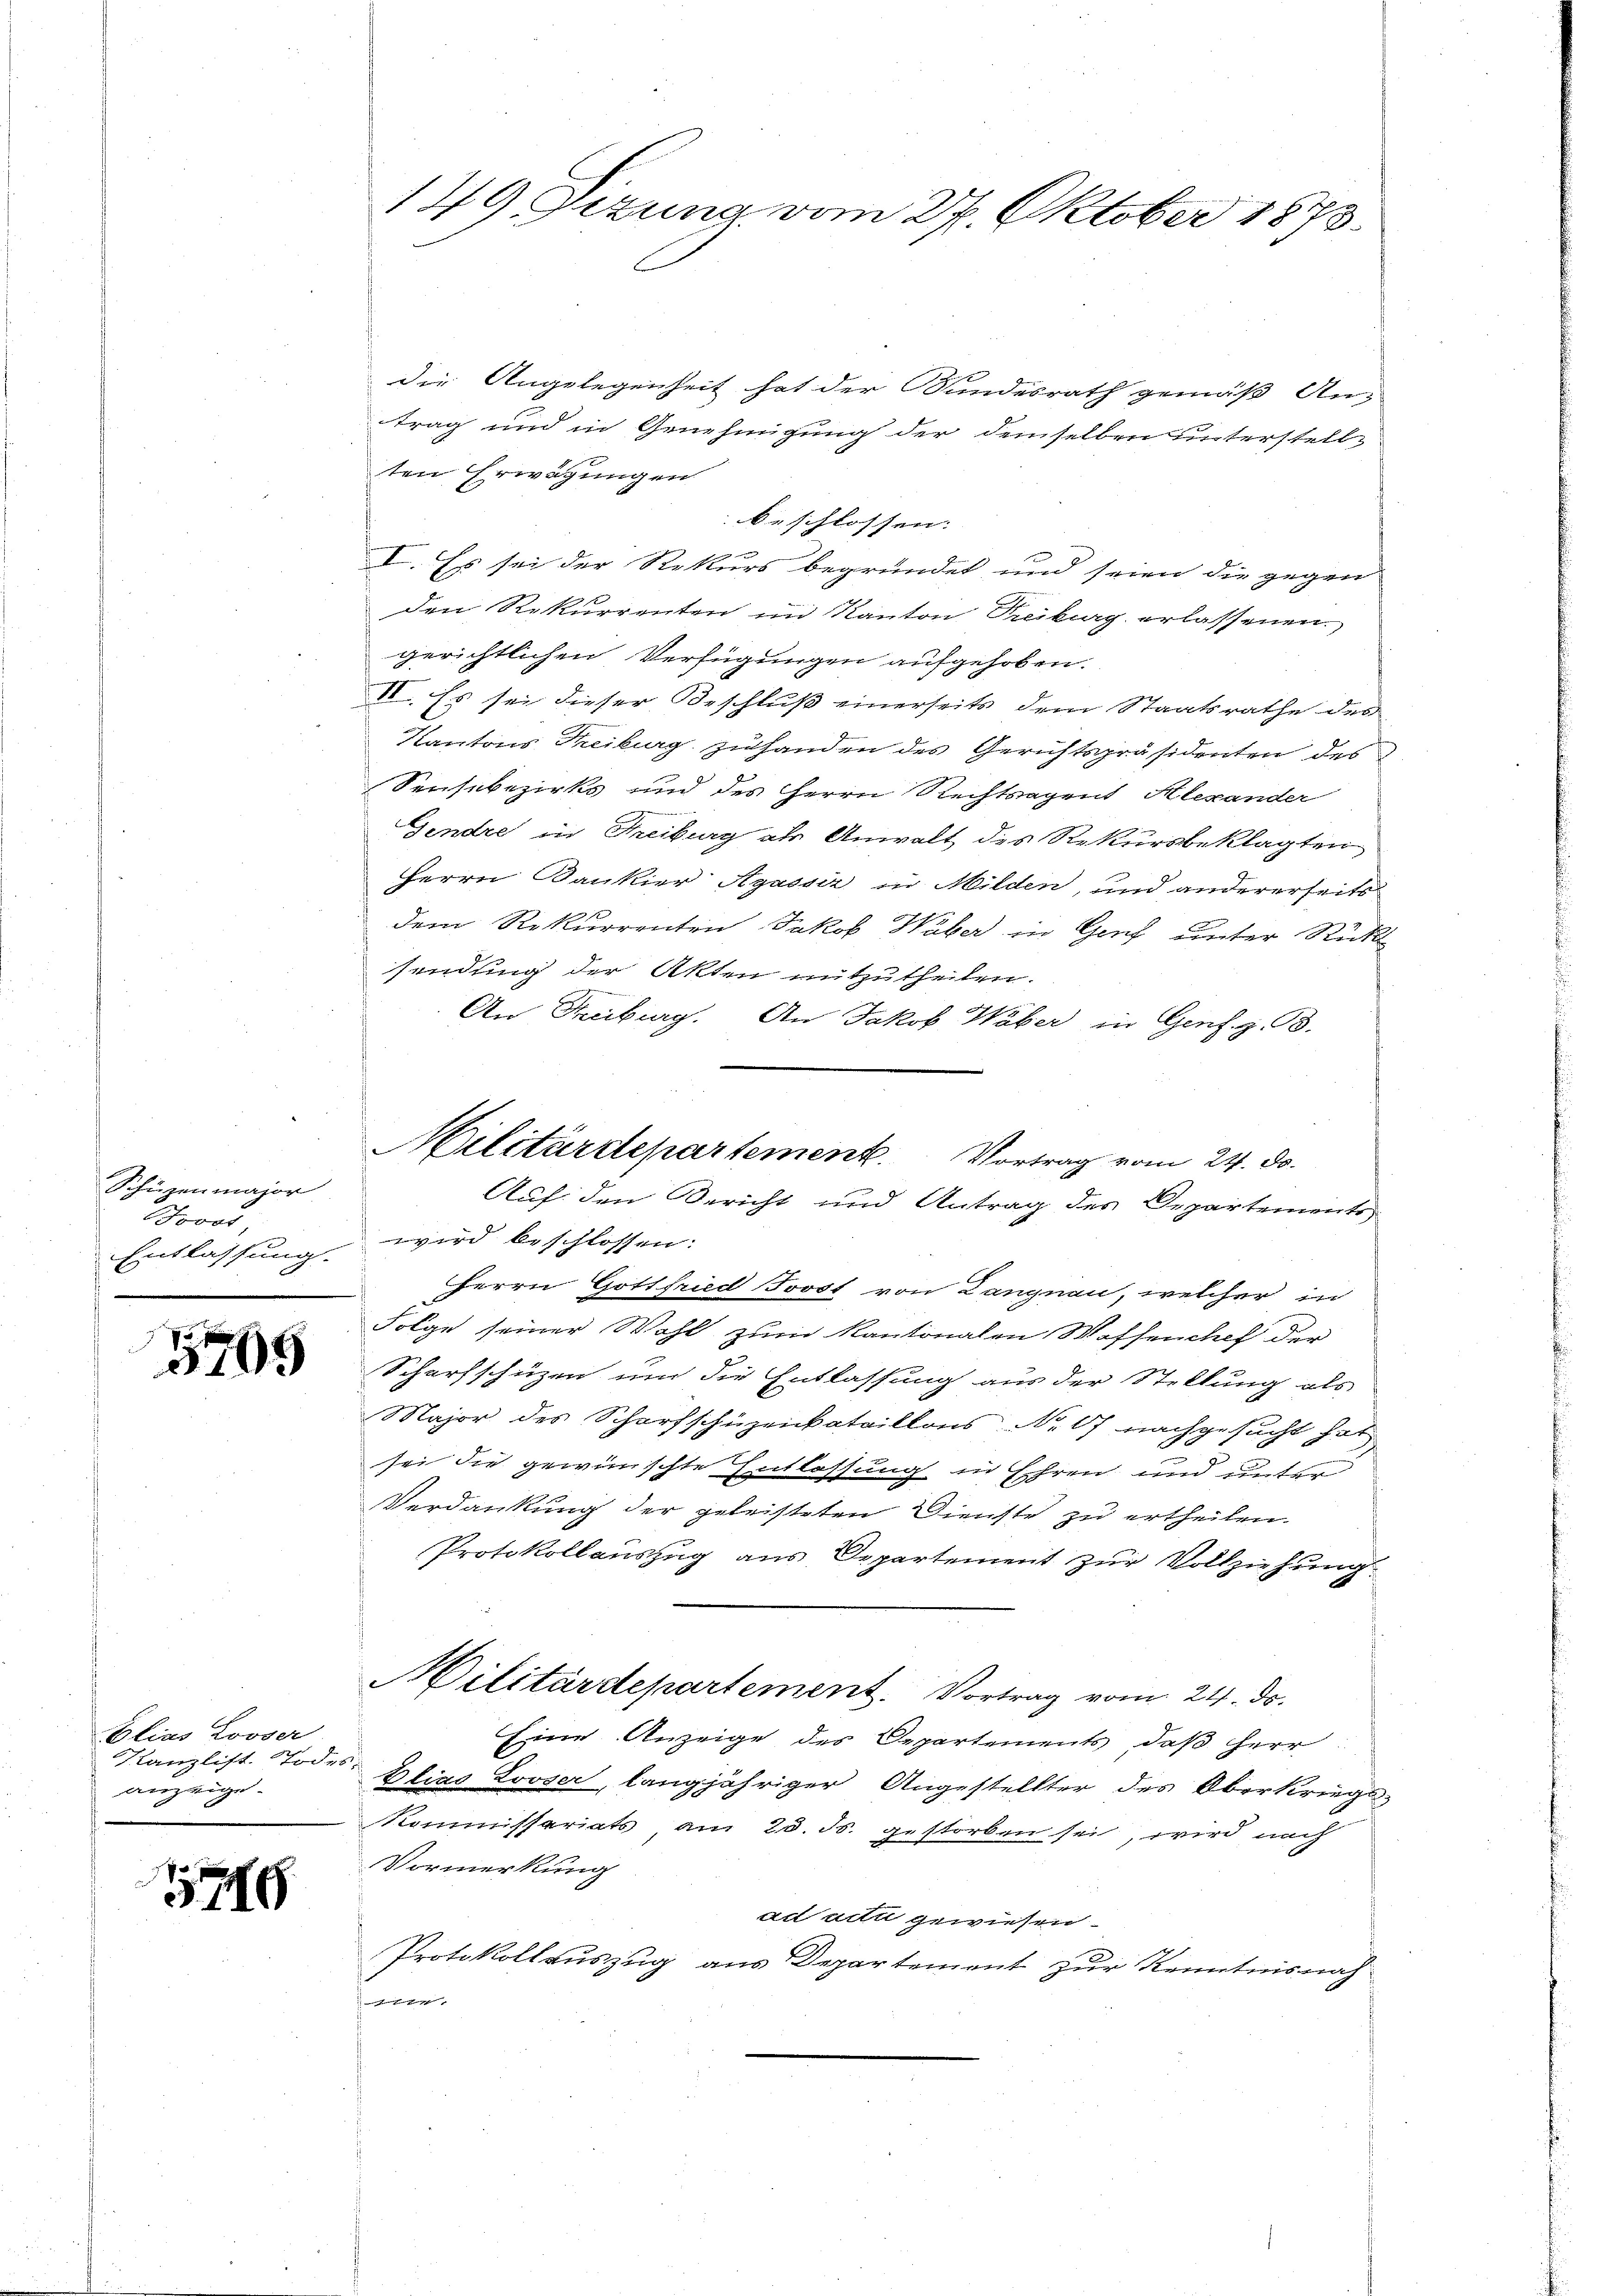
Schüzenmajor
Grond
Entlassung.

3705

Elias Looser
Kanzlist. Todes-
anzeige.

176

149. Dezung vom 27. Oktober 1873.

die Angelegenheit hat der Bundesrath gemäß Antrag und in Genehmigung der demselben unterstell-
ten Erwägungen
beschlossen:
I. Es sei der Rekurs begründet und seien die gegen
den Rekurrenten im Kanton Treiburg erlassenen
gerichtlichen Verfügungen aufgehoben.
II. Es sei dieser Beschluß einerseits dem Staatsrathe des
Kantons Treiburg zuhanden des Gerichtspräsidenten des
Sensabezirks und des Herrn Rechtsagent Alexander
Gendre in Freiburg als Anwalt des Rekursbeklagten
Herrn Kankier Agassir in Milden, und andererseits
dem Rekurrenten Jakob Waber in Genf unter Rück
sendung der Akten mitzutheilen.
An Freiburg. An Jakob Waber in Gens. z. B.

wird beschlossen:
Herrn Gottfried Trost von Langnau, welcher in
Folge seiner Wahl zum Kantonalen Waffenchef der
Scharfschüzen um die Entlassung aus der Stellung als
Major des Scharfschüzenkataillons No 67 nachgesucht hat
sei die gewünschte Entlassung in Ehren und unter
Verdankung der geleisteten Dienste zu ertheilen.
Protokollauszug aus Departement zur Vollziehung.
Militärdepartement. Vortrag vom 24. ds.
Eine Anzeige des Departements, daß Herr
Elias Looser, langjähriger Angestellter des Oberkriegs-
Kommissariats am 23. ds. gestorben sei, wird nach
Vormerkung
ad acti gewiesen.
Protokollauszug aus Departement zur Kenntnisnah

Militärdepartement. Vortrag vom 24. d.
Auf den Bericht und Antrag des Departements,